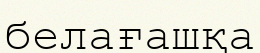
белағашқа